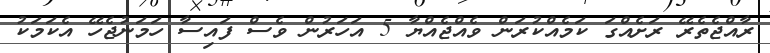
ރާއްޖެތެރޭ ރަށެއްގަ ކަމެއްކުރަން ވެއްޖެއްޔާ 5 އަހަރުން ވެސް ފައިސާ ހަމަނުޖެހޭ އެކަމަކު